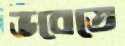
ভবেতে